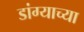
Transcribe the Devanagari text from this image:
डांग्याच्या